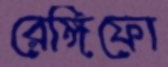
রেঙ্গিফো